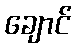
ချောင်